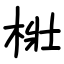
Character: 梉